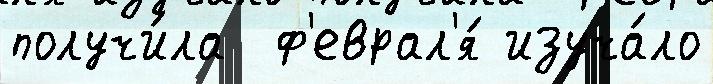
получи́ла  ф'еврал'я́ изуча́ло